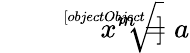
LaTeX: {\sqrt[[objectObject]]{x^{m}}}=a